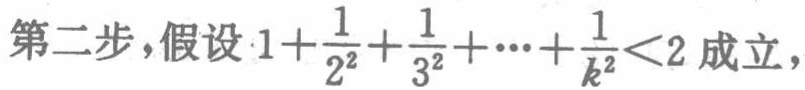
第二步，假设 \(1+\frac{1}{2^{2}}+\frac{1}{3^{2}}+\cdots+\frac{1}{k^{2}}<2\) 成立，